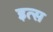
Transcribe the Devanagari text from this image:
इत्स